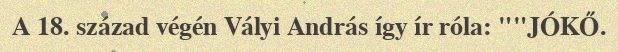
A 18. század végén Vályi András így ír róla: ""JÓKŐ.